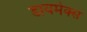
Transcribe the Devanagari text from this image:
डायमेक्स